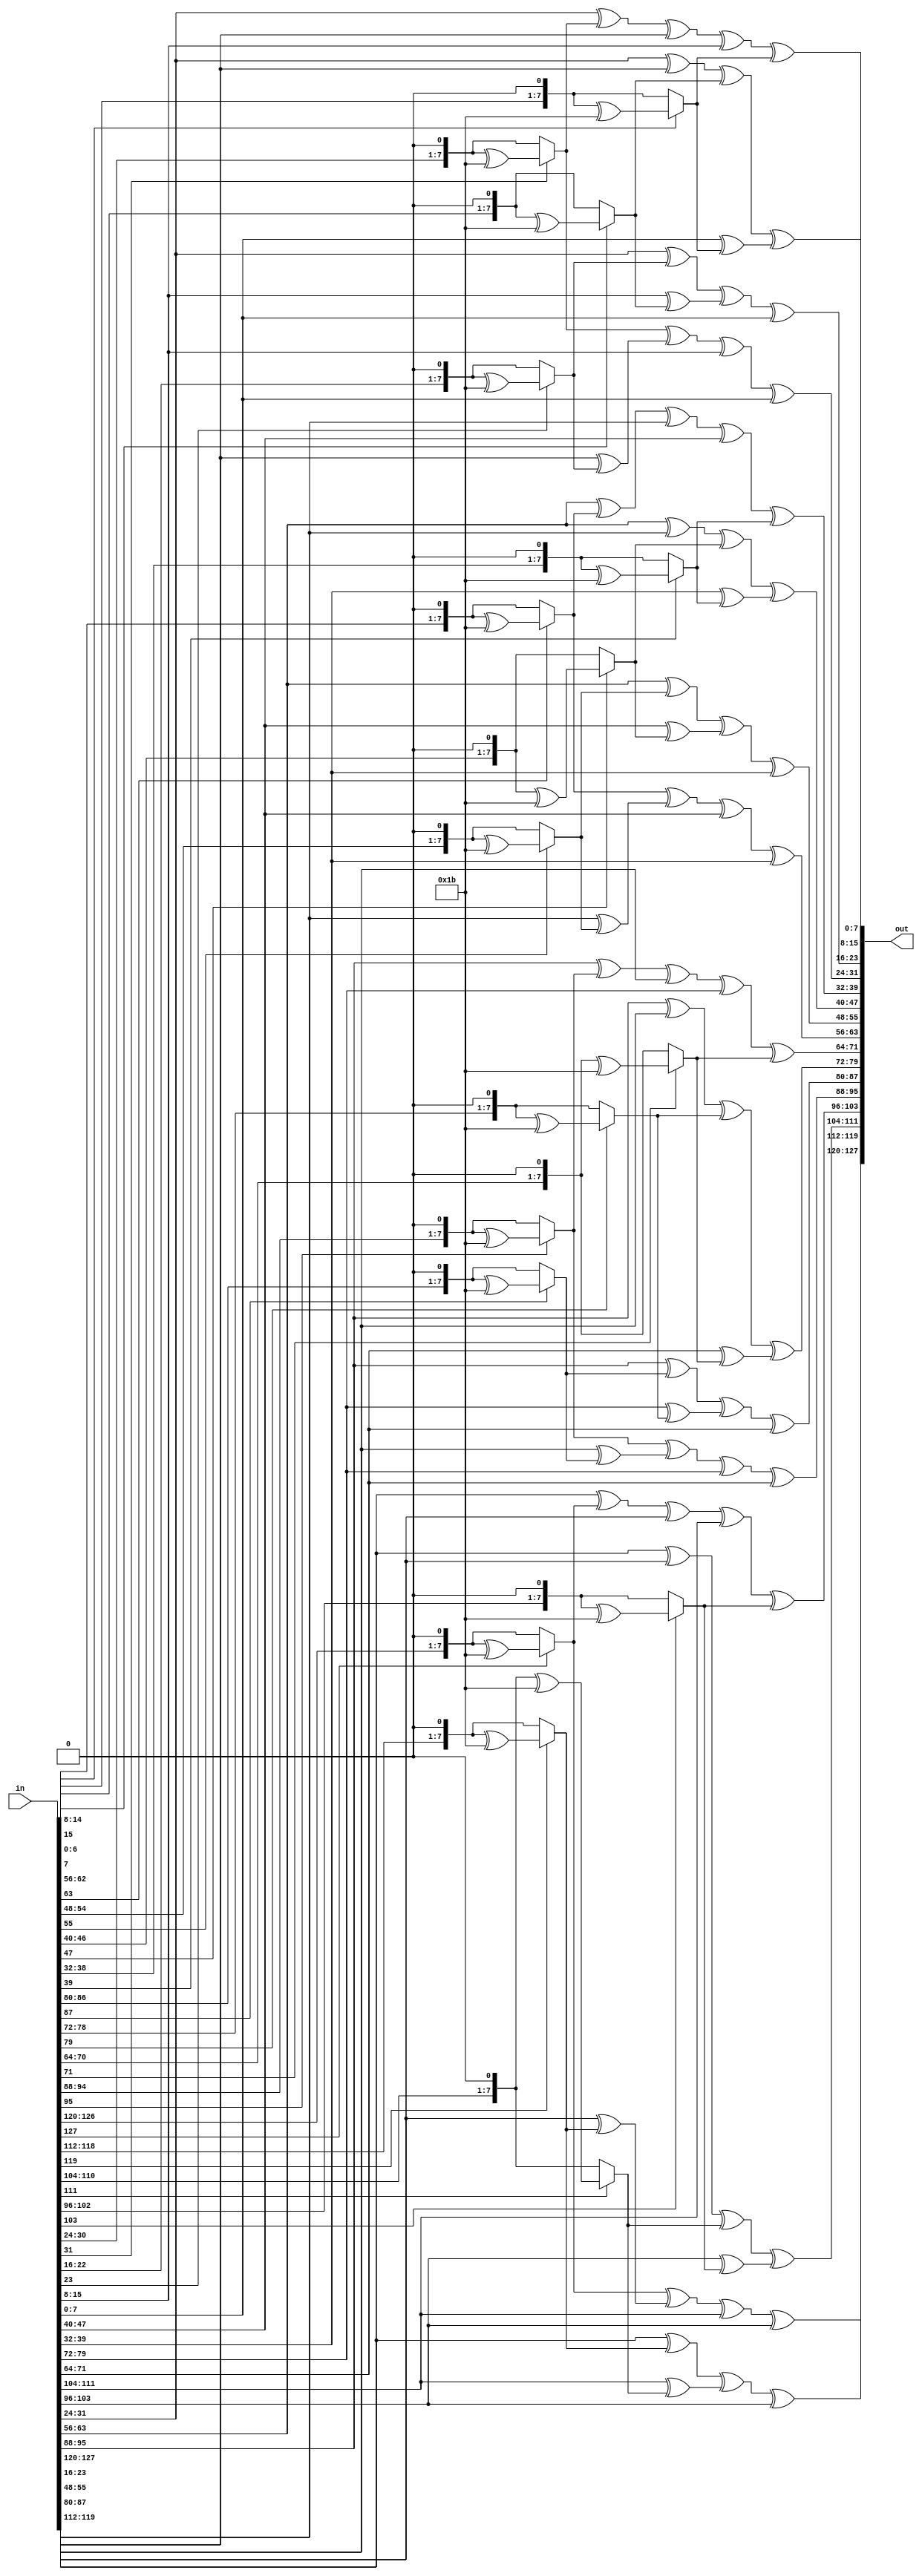
module MixColumns(input [127:0] in , output [127:0] out);

function [7:0] Mult2 (input [7:0] in1);
    Mult2 = in1[7] ? (( in1 << 1 ) ^ 8'h1b) : (in1 << 1);
endfunction

function [7:0] Mult3 (input [7:0] in2);
     Mult3 = in2 ^ Mult2(in2);
endfunction

genvar i;
generate 
for (i = 1 ; i < 5 ; i = i + 1) begin : mix
    assign out[(i*32-1)-:8] = Mult2(in[(i*32-1)-:8]) ^ Mult3(in[(i*32-9)-:8]) ^ in[(i*32-17)-:8] ^ in[(i*32-25)-:8];
    assign out[(i*32-9)-:8] = in[(i*32-1)-:8] ^ Mult2(in[(i*32-9)-:8]) ^ Mult3(in[(i*32-17)-:8]) ^ in[(i*32-25)-:8];
    assign out[(i*32-17)-:8] = in[(i*32-1)-:8] ^ in[(i*32-9)-:8] ^ Mult2(in[(i*32-17)-:8]) ^ Mult3(in[(i*32-25)-:8]);
    assign out[(i*32-25)-:8] = Mult3(in[(i*32-1)-:8]) ^ in[(i*32-9)-:8] ^ in[(i*32-17)-:8] ^ Mult2(in[(i*32-25)-:8]);
end
endgenerate
endmodule